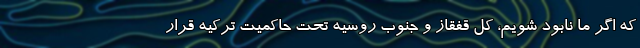
که اگر ما نابود شویم، کل قفقاز و جنوب روسیه تحت حاکمیت ترکیه قرار